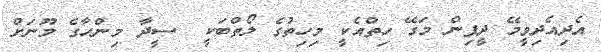
އެދިއެދިވީމޭ ދީފިން މަގޭ ހިތްއެކީ މިހިތުގެ ލޯތްބަކީ  ސީދާ މިންހާގެ މޫނަށް